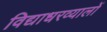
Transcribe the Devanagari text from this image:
विद्याधरव्यालों